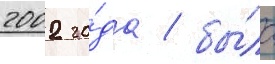
2002 го́да / бы́ло